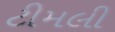
ટીમલી